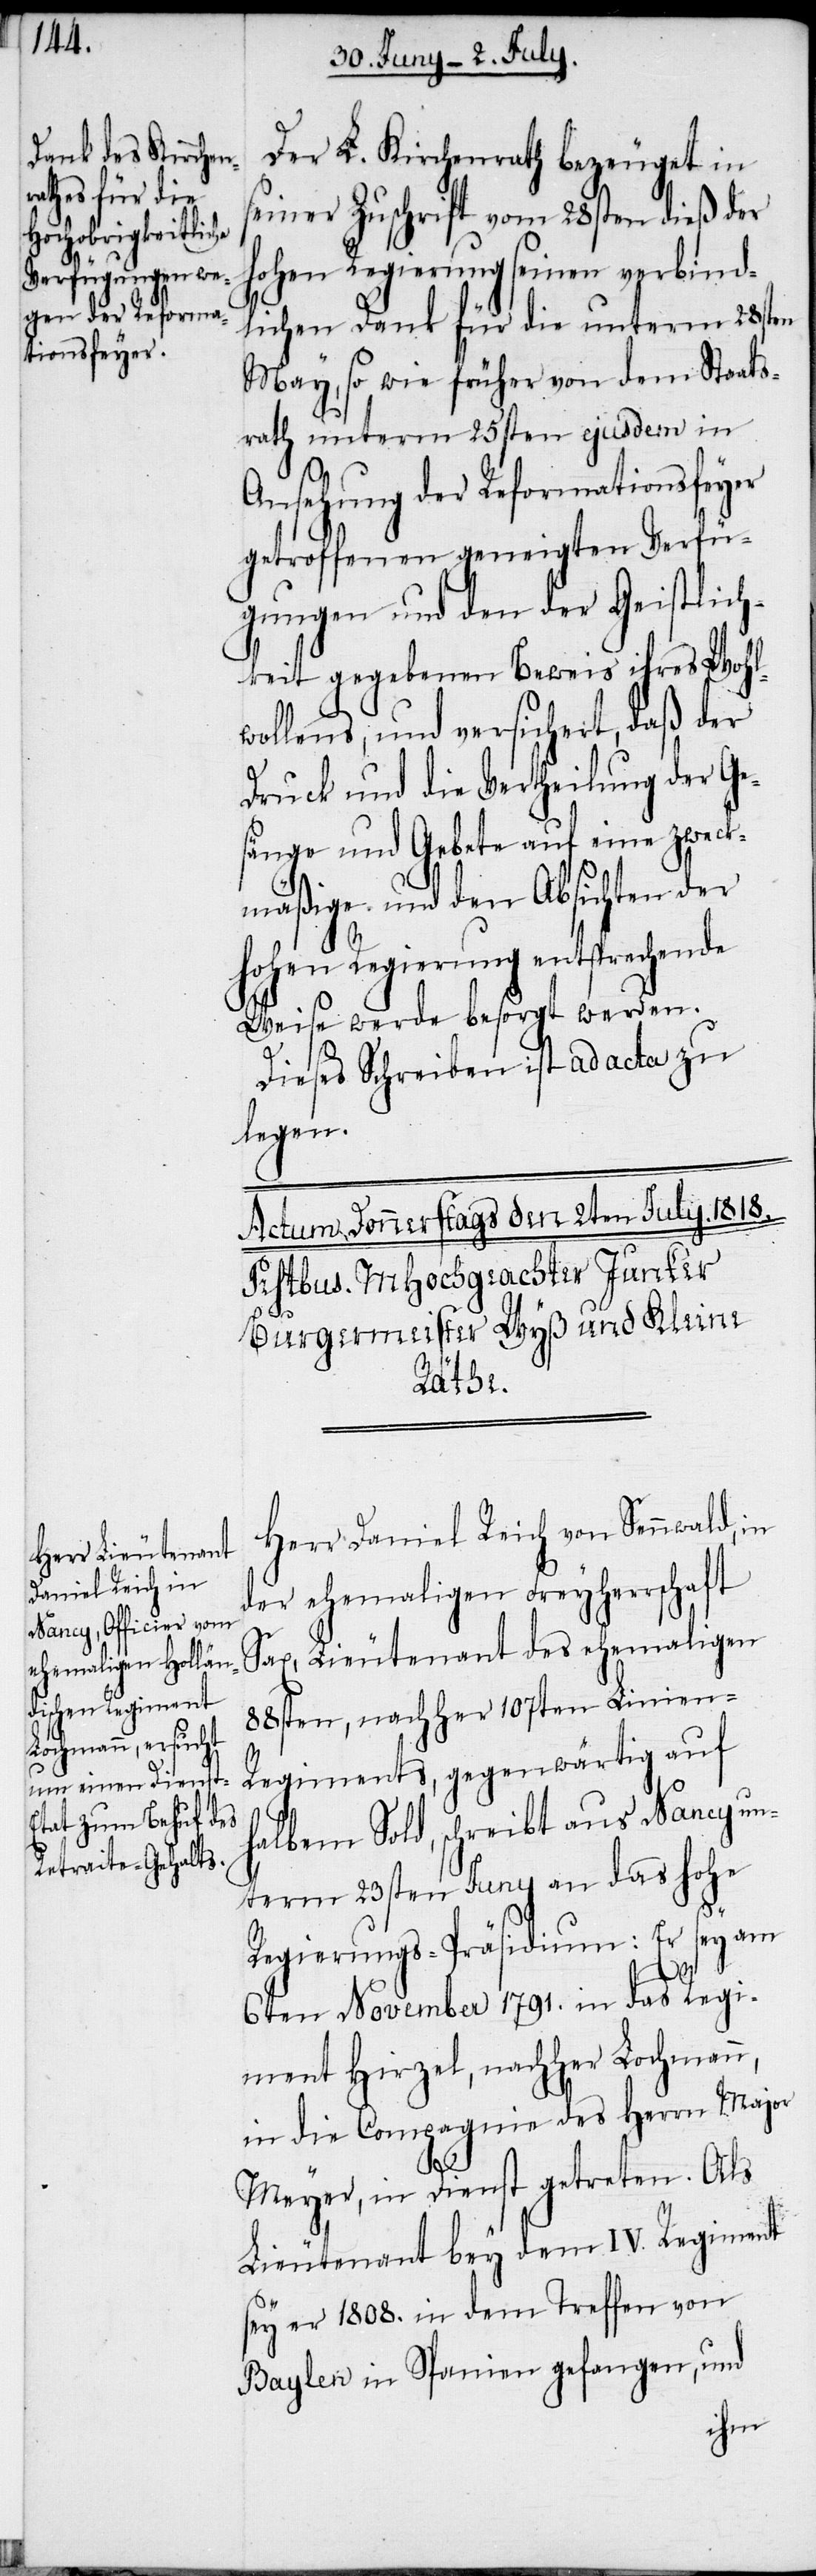
Der L. Kirchenrath bezeuget in
seiner Zuschrift vom 28sten dieß der
hohen Regierung seinen verbind¬
lichen Dank für die unterm 28sten
May, so wie früher von dem Staats¬
rath unterm 25sten ejusdem in
Ansehung der Reformationsfeyer
getroffenen geneigten Verfü¬
gungen und den der Geistlich¬
keit gegebenen Beweis ihres Wohl¬
wollens, und versichert, daß der
Druck und die Vertheilung der Ge¬
sänge und Gebete auf eine zweck¬
mäßige und den Absichten der
hohen Regierung entsprechende
Weise werde besorgt werden.
Dieses Schreiben ist ad acta zu
legen.
Herr Daniel Reich von Sennwald, in
der ehemaligen Freyherrschaft
Sax, Lieutenant des ehemaligen
88sten, nachher 107ten Linien-R¬
egiments, gegenwärtig auf
halbem Sold, schreibt aus Nancy un¬
term 23sten Juny an das hohe
Regierungs-Präsidium: Er sey am
6ten November 1791. in das Regi¬
ment Hirzel, nachher Lochmann,
in die Compagnie des Herrn Major
Meyer, in Dienst getreten. Als
Lieutenant bey dem IV. Regiment
sey er 1808. in dem Treffen von
Baylen in Spanien gefangen, und